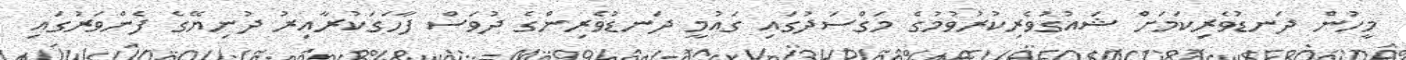
މީހުން ދަނޑުވެރިކަމަށް ޝައުގުވެރިކުރުވުމުގެ މަގްސަދުގައި ގައުމީ ދަނޑުވެރިންގެ ދުވަސް ފާހަގަކުރާއިރު ދުނިޔޭގެ ފެންވަރުގައި